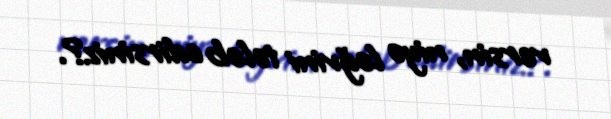
versin, niyə ləğvini tələb edirsiniz?.